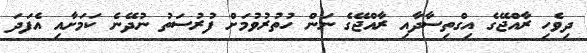
ދިވެހި ރާއްޖޭގެ އިގްތިސާދާއި ރާއްޖޭގެ ނަން ހުތުރުވުމަށް ފުރުސަތު ނުދޭނެ ކަމަށާއި އެފަދަ